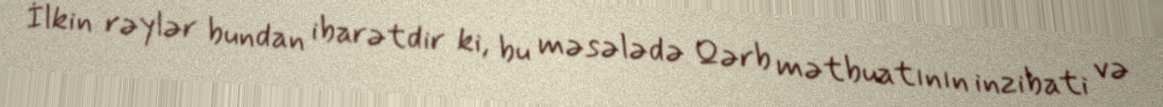
İlkin rəylər bundan ibarətdir ki, bu məsələdə Qərb mətbuatının inzibati və